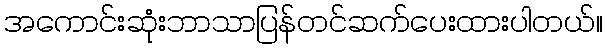
အကောင်းဆုံးဘာသာပြန်တင်ဆက်ပေးထားပါတယ်။